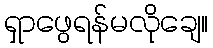
ရှာဖွေရန်မလိုချေ။